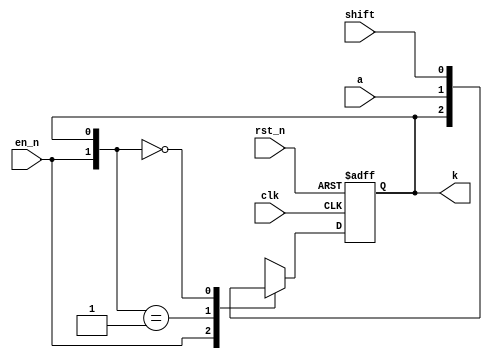
module sarcell #(parameter init = 0)(
    input       rst_n,
    input       clk,
    input       a,
    input       shift,
    input       en_n,
    output reg  k
    );
    reg d;
    always @* begin
        casex ({en_n, k})
            2'b1x:      d = k;
            2'b01:      d = a;
            2'b00:      d = shift;
            default:    d = 1'bx;
        endcase
    end
    always @ (posedge clk or negedge rst_n) begin
        if(!rst_n)    k <= init;
        else            k <= d;
    end
endmodule
module sarcon #(parameter N = 8)(
    input          rst_n,
    input          comp,
    input          clk,
    output [N-1:0] dq,
    output         valid,
    output         last_cycle
    );
    wire [N-1:0]  en_n;
    assign last_cycle = en_n[1];
    reg term_q;
    always @(posedge clk or negedge rst_n) begin
        if(~rst_n) term_q <= 0;
        else         term_q <= |{dq[0], term_q};
    end
    sarcell cell_0 (
        .rst_n(rst_n),
        .clk    (clk),
        .a      (comp),
        .shift  (dq[1]),
        .en_n   (en_n[0]),
        .k      (dq[0])
    );
    genvar i;
    generate
        for(i=1; i<N-1; i=i+1) begin: gen_sarcell
            sarcell cell_i (
                .rst_n(rst_n),
                .clk    (clk),
                .a      (comp),
                .shift  (dq[i+1]),
                .en_n   (en_n[i]),
                .k      (dq[i])
            );
            assign en_n[i] = |{dq[i-1], en_n[i-1]};
        end
    endgenerate
    assign en_n[N-1] = |{dq[N-1-1], en_n[N-1-1]};
    assign en_n[0] = valid;
    assign valid = term_q;
    sarcell #(1) cell_last (
        .rst_n(rst_n),
        .clk    (clk),
        .a      (comp),
        .shift  (1),
        .en_n   (en_n[N-1]),
        .k      (dq[N-1])
    );
endmodule